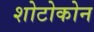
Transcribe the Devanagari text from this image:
शोटोकोन